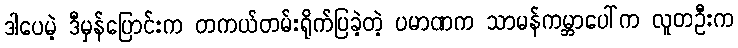
ဒါပေမဲ့ ဒီမှန်ပြောင်းက တကယ်တမ်းရိုက်ပြခဲ့တဲ့ ပမာဏက သာမန်ကမ္ဘာပေါ်က လူတဦးက